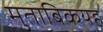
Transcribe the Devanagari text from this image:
मुताबिकयह